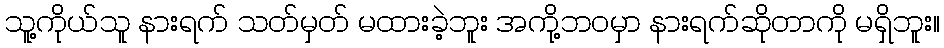
သူ့ကိုယ်သူ နားရက် သတ်မှတ် မထားခဲ့ဘူး အကို့ဘဝမှာ နားရက်ဆိုတာကို မရှိဘူး။